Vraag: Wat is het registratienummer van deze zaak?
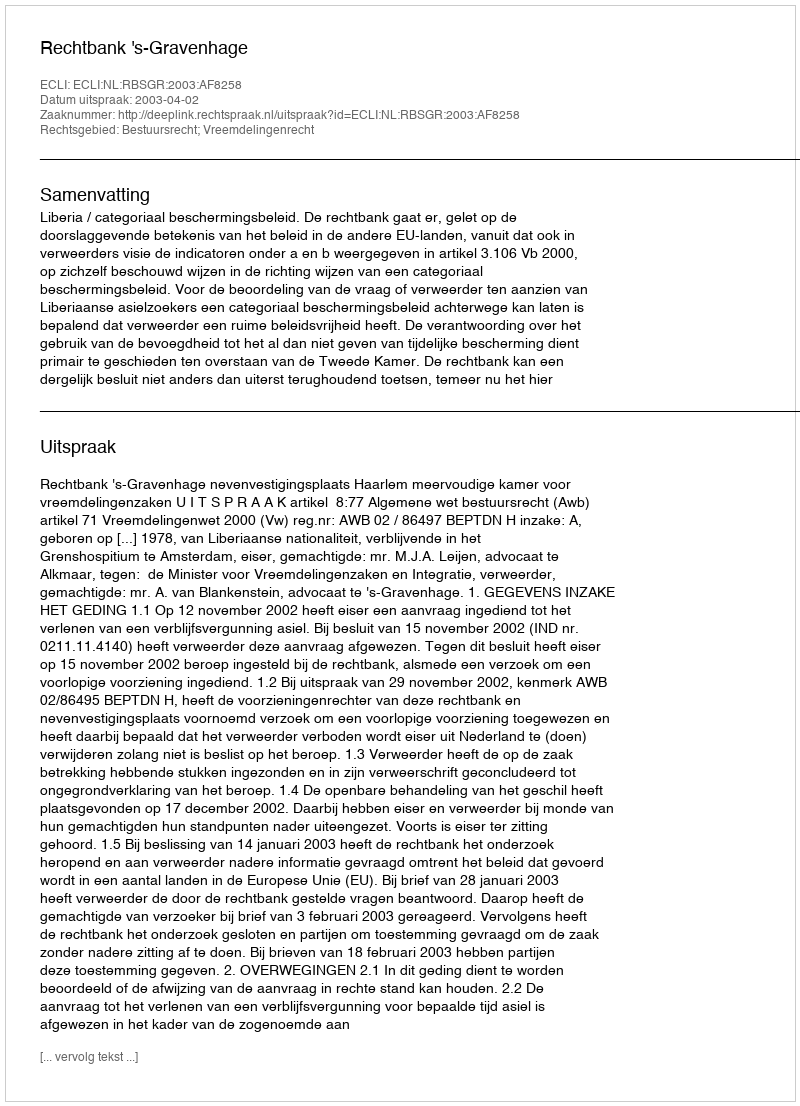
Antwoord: http://deeplink.rechtspraak.nl/uitspraak?id=ECLI:NL:RBSGR:2003:AF8258